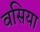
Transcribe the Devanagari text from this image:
वसिया